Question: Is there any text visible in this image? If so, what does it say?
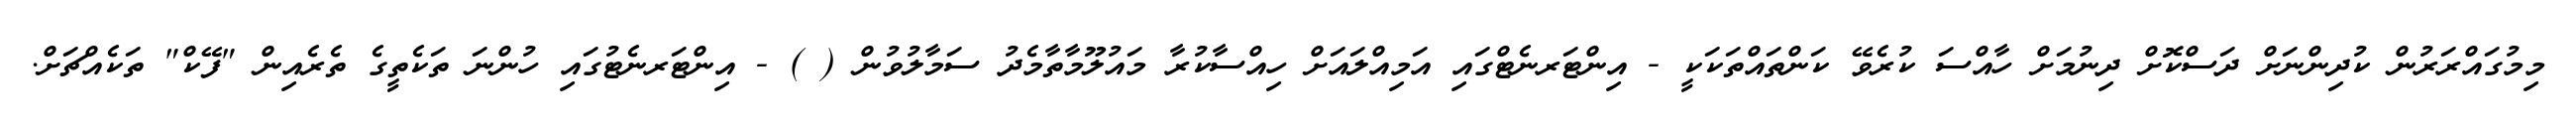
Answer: މިމުގައްރަރުން ކުދިންނަށް ދަސްކޮށް ދިނުމަށް ހާއްސަ ކުރެވޭ ކަންތައްތަކަކީ - އިންޓަރނެޓްގައި އަމިއްލައަށް ހިއްސާކުރާ މައުލޫމާތާމެދު ސަމާލުވުން ( ) - އިންޓަރނެޓުގައި ހުންނަ ތަކެތީގެ ތެރެއިން "ފޭކް" ތަކެއްޗަށް.